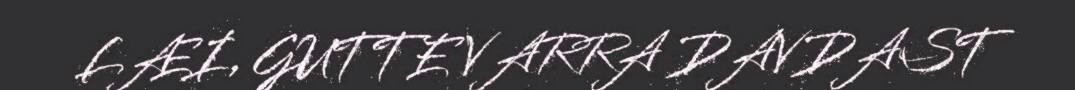
LÆI, GUTTE VARRA DAVDAST